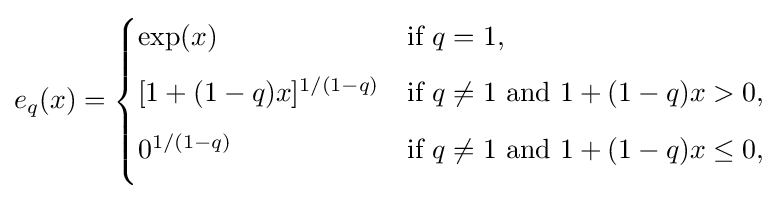
e_{q}(x)={\begin{cases}\exp(x)&{\text{if }}q=1,\\[6pt][1+(1-q)x]^{1/(1-q)}&{\text{if }}q\neq 1{\text{ and }}1+(1-q)x>0,\\[6pt]0^{1/(1-q)}&{\text{if }}q\neq 1{\text{ and }}1+(1-q)x\leq 0,\\[6pt]\end{cases}}